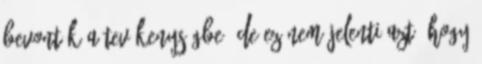
bevonták a tevékenységbe, de ez nem jelenti azt, hogy